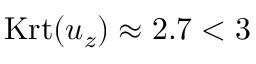
\mathrm { K r t } ( u _ { z } ) \approx 2 . 7 < 3